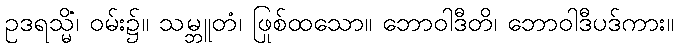
ဥဒရသ္မိံ၊ ဝမ်း၌။ သမ္ဘူတံ၊ ဖြစ်ထသော။ ဘောဝါဒီတိ၊ ဘောဝါဒီပုဒ်ကား။